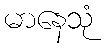
မာနေသုံ